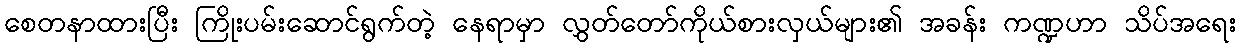
စေတနာထားပြီး ကြိုးပမ်းဆောင်ရွက်တဲ့ နေရာမှာ လွှတ်တော်ကိုယ်စားလှယ်များ၏ အခန်း ကဏ္ဍဟာ သိပ်အရေး